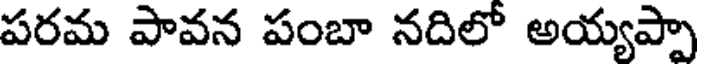
పరమ పావన పంబా నదిలో అయ్యప్పా